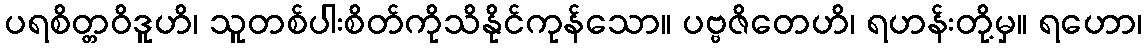
ပရစိတ္တဝိဒူဟိ၊ သူတစ်ပါးစိတ်ကိုသိနိုင်ကုန်သော။ ပဗ္ဗဇိတေဟိ၊ ရဟန်းတို့မှ။ ရဟော၊